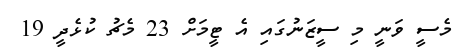
މެސީ ވަނީ މި ސީޒަނުގައި އެ ޓީމަށް 23 މެޗު ކުޅެދީ 19